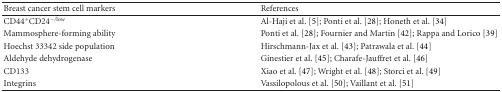
| Breast cancer stem cell markers | References |
 | --- | --- |
 | CD44+CD24−/low | Al-Haji et al. [5]; Ponti et al. [28]; Honeth et al. [34] |
 | Mammosphere-forming ability | Ponti et al. [28]; Fournier and Martin [42]; Rappa and Lorico [39] |
 | Hoechst 33342 side population | Hirschmann-Jax et al. [43]; Patrawala et al. [44] |
 | Aldehyde dehydrogenase | Ginestier et al. [45]; Charafe-Jauffret et al. [46] |
 | CD133 | Xiao et al. [47]; Wright et al. [48]; Storci et al. [49] |
 | Integrins | Vassilopolous et al. [50]; Vaillant et al. [51] |